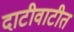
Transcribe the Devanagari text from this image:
दाटीवाटीत